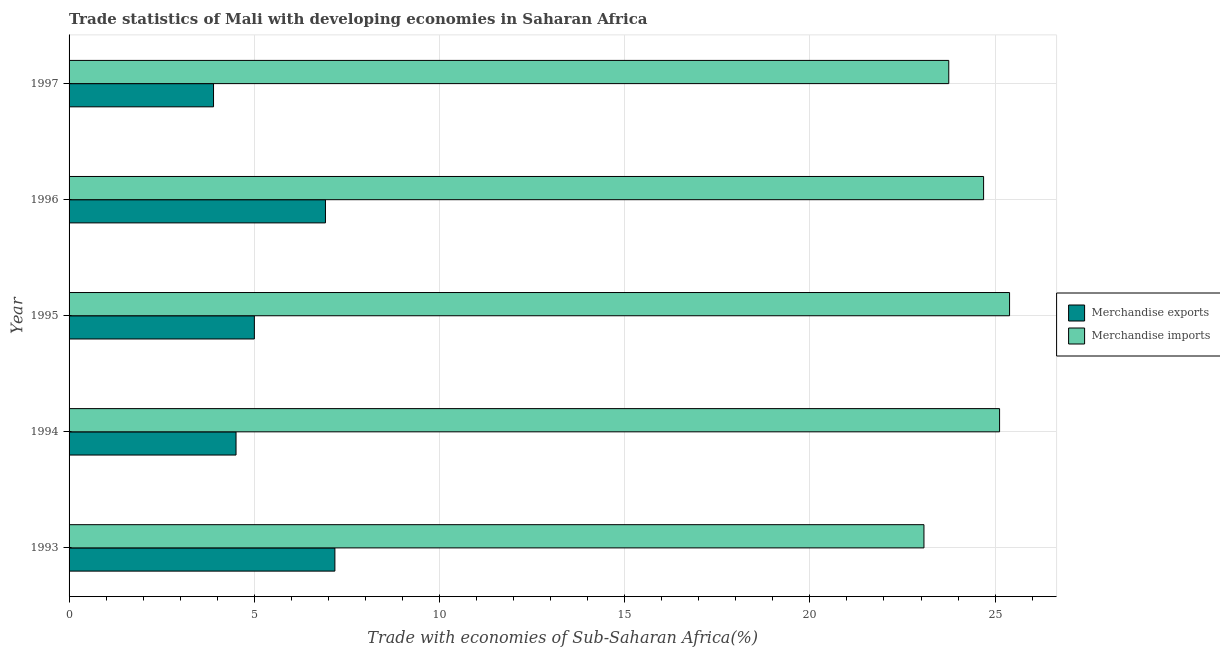
| Year | Merchandise exports | Merchandise imports |
 | --- | --- | --- |
 | 1993 | 7.18 | 23.1 |
 | 1994 | 4.51 | 25.1 |
 | 1995 | 5 | 25.4 |
 | 1996 | 6.92 | 24.7 |
 | 1997 | 3.9 | 23.7 |